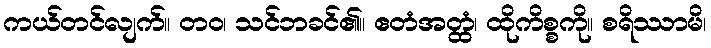
ကယ်တင်လျက်။ တဝ၊ သင်ဘခင်၏။ ဧတံအတ္ထံ၊ ထိုကိစ္စကို။ စရိဿာမိ၊